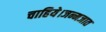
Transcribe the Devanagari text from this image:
चाहिये।जन्मजात